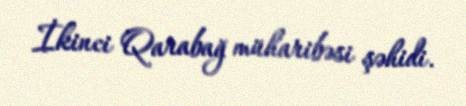
İkinci Qarabağ müharibəsi şəhidi.